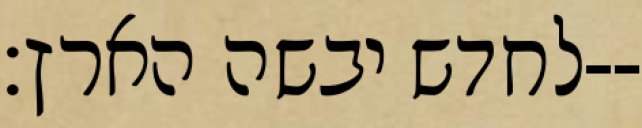
לחדש יבשה הארץ׃--